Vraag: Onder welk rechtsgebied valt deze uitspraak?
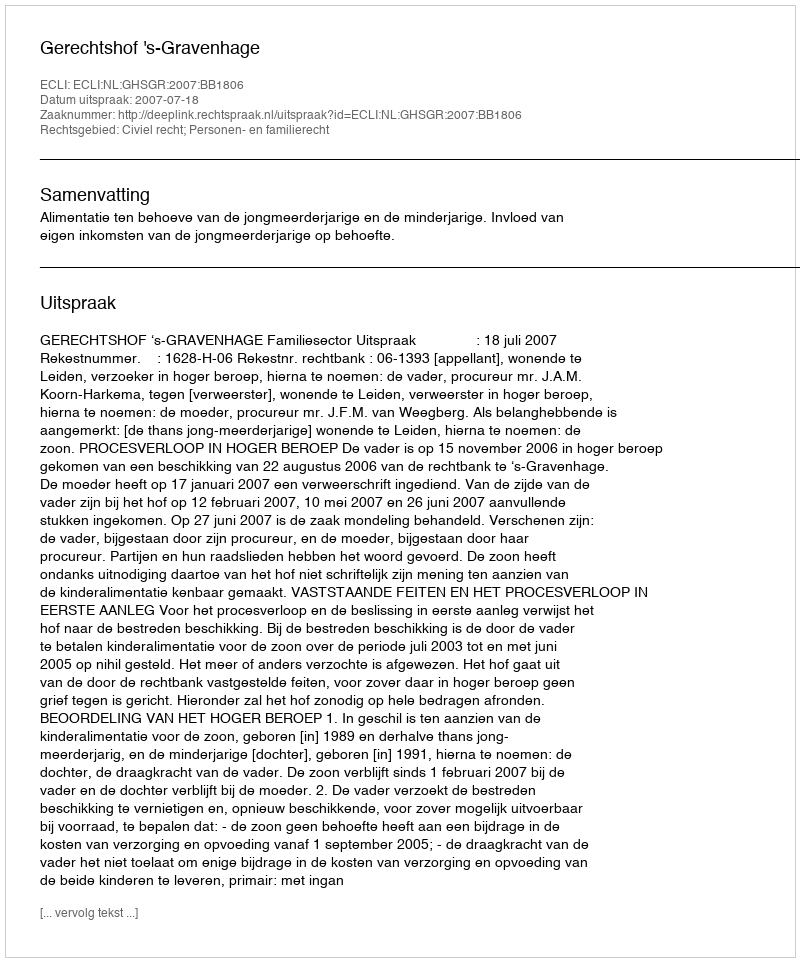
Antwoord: Civiel recht; Personen- en familierecht